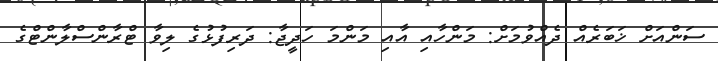
ސަންއަށް ޚަބަރެއް ދެއްވުމަށް: މަންހާއި އާއި މަންމަ ހަދީޖާ: ދަރިފުޅުގެ ލިވާ ޓްރާންސްލާންޓްގެ